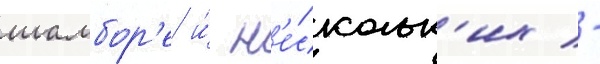
шамбор'е и́ н'е́скольк'их -